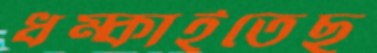
ধম্‌কাইতেছ